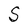
Character: S